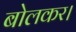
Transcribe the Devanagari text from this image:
बोलकर।